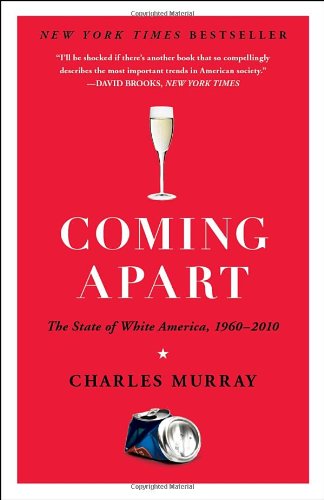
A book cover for Coming Apart: The State of White America, 1960-2010; Charles Murray; Politics & Social Sciences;